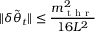
\| \delta \tilde { { \boldsymbol { \theta } } } _ { t } \| \leq \frac { m _ { \mathrm { ~ t ~ h ~ r ~ } } ^ { 2 } } { 1 6 L ^ { 2 } }